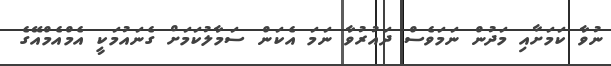
ނުވާ ކަމަށާއި މަދުން ނަމަވެސް ދައުރުވާ ނަމަ އެކަން ސަމާލުކަމަށް ގެނައުމަކީ އެމްއެމްއޭގެ